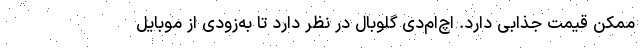
ممکن قیمت جذابی دارد. اچ‌ام‌دی گلوبال در نظر دارد تا به‌زودی از موبایل